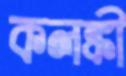
কলঙ্কী